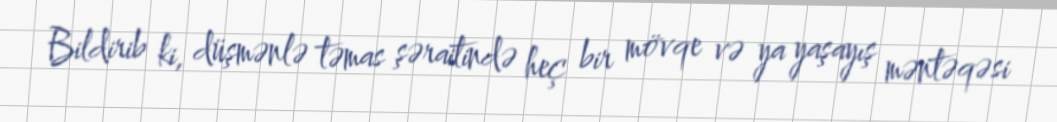
Bildirib ki, düşmənlə təmas şəraitində heç bir mövqe və ya yaşayış məntəqəsi